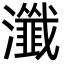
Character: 瀸